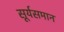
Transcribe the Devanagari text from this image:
सूर्यसमान